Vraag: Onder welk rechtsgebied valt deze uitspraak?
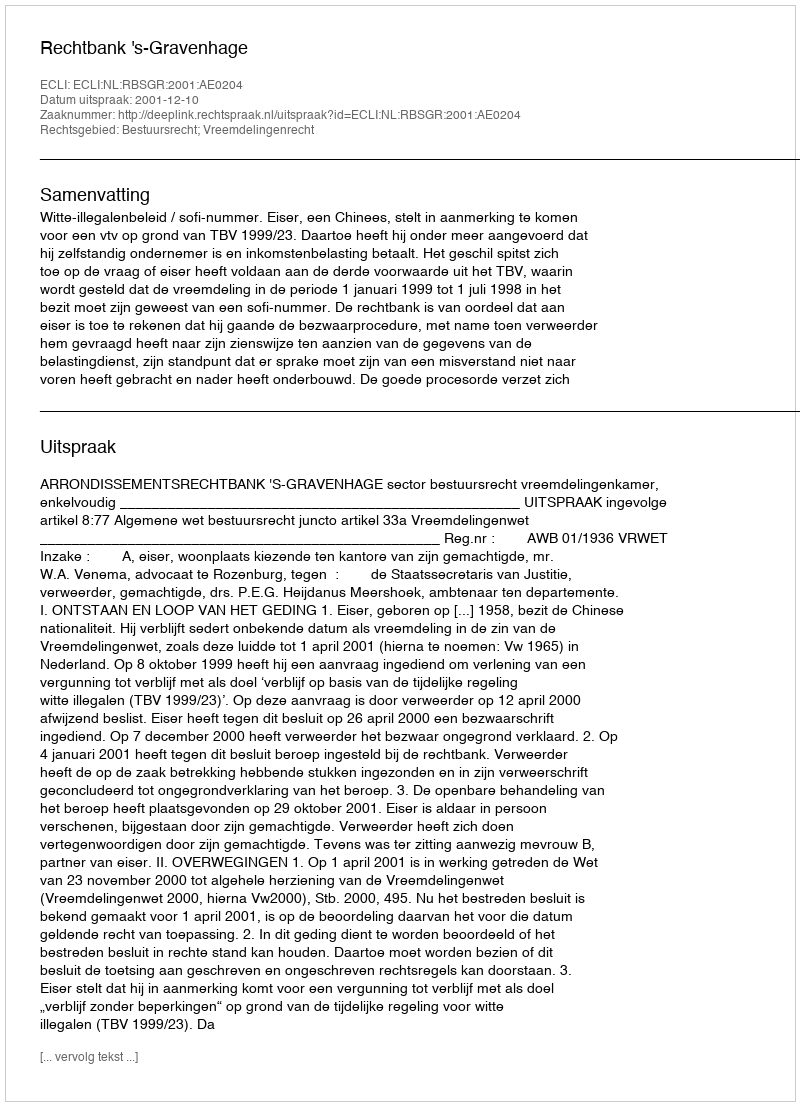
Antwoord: Bestuursrecht; Vreemdelingenrecht